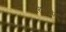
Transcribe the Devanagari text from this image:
प्रारंभबिंदू